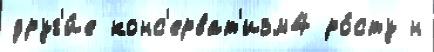
друг'и́е конс'ерват'изм4 ро́сту н